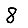
Digit: 8